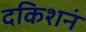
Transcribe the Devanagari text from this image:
दकिशनं